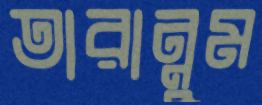
তারান্নুম